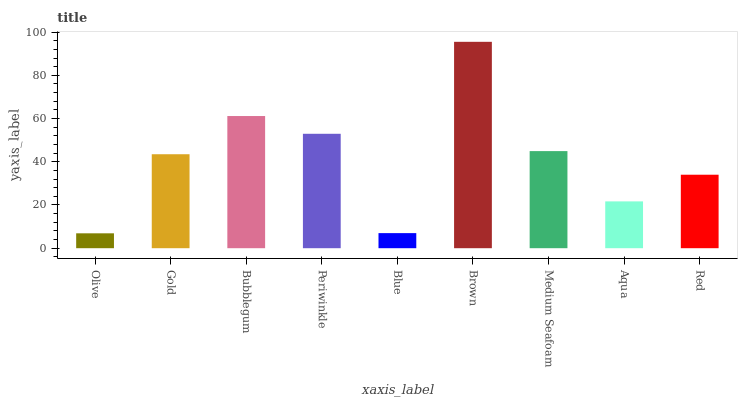
| xaxis_label | bars |
 | --- | --- |
 | Olive | 6.89 |
 | Gold | 43.5 |
 | Bubblegum | 61.2 |
 | Periwinkle | 52.9 |
 | Blue | 6.98 |
 | Brown | 95.5 |
 | Medium Seafoam | 44.9 |
 | Aqua | 21.7 |
 | Red | 34 |